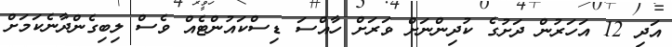
އަދި 12 އަހަރުން ދަށުގެ ކުދިންނަށް ވަރަށް ހާއްސަ ޑިސްކައުންޓެއް ވެސް ލިބިގެންދާނެކަމަށް